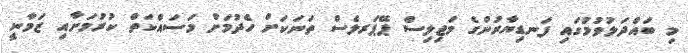
މި ބައްދަލުވުމުގައި ފަނޑިޔާރުންގެ މަޖިލިސް ޕޭޕަރލެސް ތަނަކަށް ހެދުމަށް މަސައްކަތް ކުރުމަށާއި ޒަމާނީ